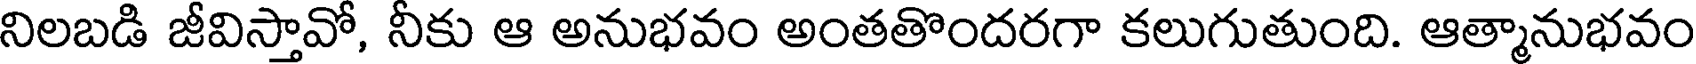
నిలబడి జీవిస్తావో, నీకు ఆ అనుభవం అంతతొందరగా కలుగుతుంది. ఆత్మానుభవం